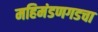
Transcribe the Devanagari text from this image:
महिमंडणगडचा